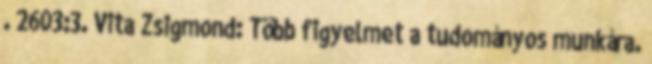
. 2603:3. Vita Zsigmond: Több figyelmet a tudományos munkára.